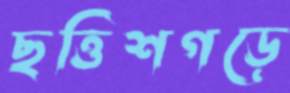
ছত্তিশগড়ে